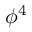
\phi ^ { 4 }